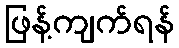
ဖြန့်ကျက်ရန်